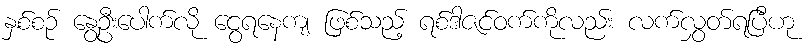
နှစ်စဉ် နွေဦးပေါက်လို ငွေရနေကျ ဖြစ်သည့် ရစ်ဒါဇင်ဝက်ကိုလည်း လက်လွှတ်ရပြီဟု